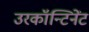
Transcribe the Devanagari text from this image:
उरकॉन्टिनेंट